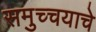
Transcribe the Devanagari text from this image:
समुच्चयाचे